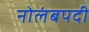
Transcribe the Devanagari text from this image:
नोलंबपदी